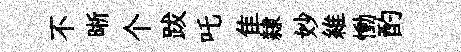
不晰个跋吒隹隸妙維慟酌